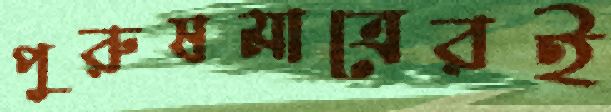
পুরুষমাত্রেরই